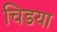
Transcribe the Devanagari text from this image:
चिडया